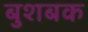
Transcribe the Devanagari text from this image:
बुशबक